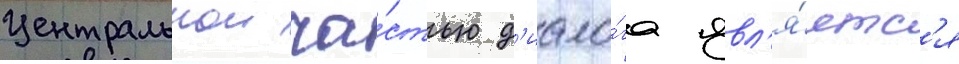
Центральнои ча́стью д'иало́га явл'я́етс'я